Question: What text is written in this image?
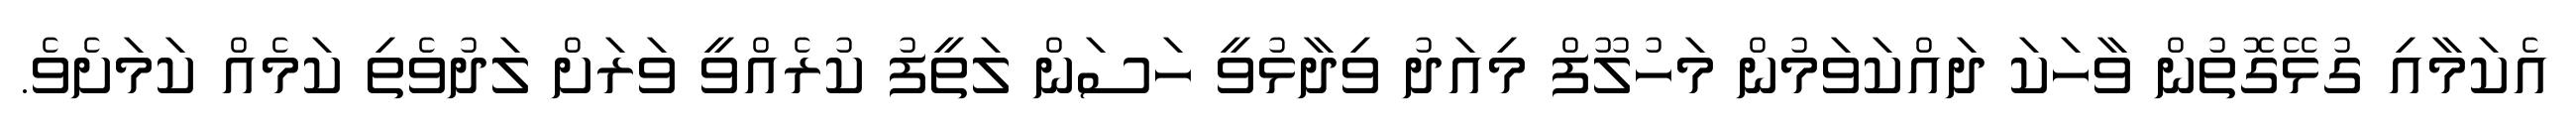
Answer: އެކަމާއި ގުޅޭގޮތުން ވާހަކަ ދައްކަވަމުން މަހުލޫފް މިއަދު ވިދާޅުވީ ހަސަން ލަތީފު ކުރެއްވީ ވަރަށް ލަދުވެތި ކަމެއް ކަމަށެވެ.